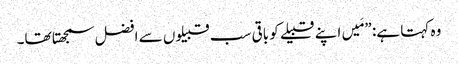
‏ وہ کہتا ہے:‏ ”‏مَیں اپنے قبیلے کو باقی سب قبیلوں سے افضل سمجھتا تھا۔